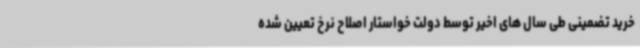
خرید تضمینی طی سال های اخیر توسط دولت خواستار اصلاح نرخ تعیین شده